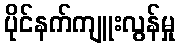
ပိုင်နက်ကျူးလွန်မှု